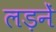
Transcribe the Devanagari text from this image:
लड़नें